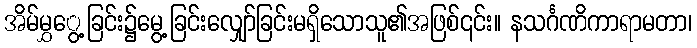
အိမ်မွှွေ့ခြင်း၌မွေ့ခြင်းလျှော်ခြင်းမရှိသောသူ၏အဖြစ်၎င်း။ နသင်္ဂဏိကာရာမတာ၊